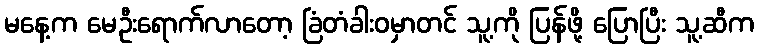
မနေ့က မေဦးရောက်လာတော့ ခြံတံခါးဝမှာတင် သူ့ကို ပြန်ဖို့ ပြောပြီး သူ့ဆီက